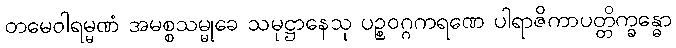
တမေဝါရမ္မဏံ အမစ္စသမ္မုခေ သမုဋ္ဌာနေသု ပဉ္စဝဂ္ဂကရဏေ ပါရာဇိကာပတ္တိက္ခန္ဓော